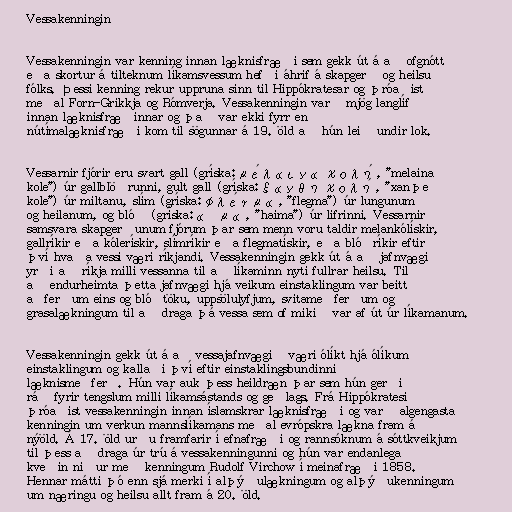
Vessakenningin

Vessakenningin var kenning innan læknisfræði sem gekk út á að ofgnótt
eða skortur á tilteknum líkamsvessum hefði áhrif á skapgerð og heilsu
fólks. Þessi kenning rekur uppruna sinn til Hippókratesar og þróaðist
meðal Forn-Grikkja og Rómverja. Vessakenningin varð mjög langlíf
innan læknisfræðinnar og það var ekki fyrr en
nútímalæknisfræði kom til sögunnar á 19. öld að hún leið undir lok.

Vessarnir fjórir eru svart gall (gríska: μέλαινα χολή, "melaina
kole") úr gallblöðrunni, gult gall (gríska: ξανθη χολή, "xanþe
kole") úr miltanu, slím (gríska: φλέγμα, "flegma") úr lungunum
og heilanum, og blóð (gríska: αἷμα, "haima") úr lifrinni. Vessarnir
samsvara skapgerðunum fjórum þar sem menn voru taldir melankólískir,
gallríkir eða kólerískir, slímríkir eða flegmatískir, eða blóðríkir eftir
því hvaða vessi væri ríkjandi. Vessakenningin gekk út á að jafnvægi
yrði að ríkja milli vessanna til að líkaminn nyti fullrar heilsu. Til
að endurheimta þetta jafnvægi hjá veikum einstaklingum var beitt
aðferðum eins og blóðtöku, uppsölulyfjum, svitameðferðum og
grasalækningum til að draga þá vessa sem of mikið var af út úr líkamanum.

Vessakenningin gekk út á að vessajafnvægið væri ólíkt hjá ólíkum
einstaklingum og kallaði því eftir einstaklingsbundinni
læknismeðferð. Hún var auk þess heildræn þar sem hún gerði
ráð fyrir tengslum milli líkamsástands og geðlags. Frá Hippókratesi
þróaðist vessakenningin innan íslamskrar læknisfræði og varð algengasta
kenningin um verkun mannslíkamans meðal evrópskra lækna fram á
nýöld. Á 17. öld urðu framfarir í efnafræði og rannsóknum á sóttkveikjum
til þess að draga úr trú á vessakenningunni og hún var endanlega
kveðin niður með kenningum Rudolf Virchow í meinafræði 1858.
Hennar mátti þó enn sjá merki í alþýðulækningum og alþýðukenningum
um næringu og heilsu allt fram á 20. öld.